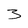
Character: 3